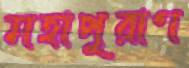
মহাপুরাণ